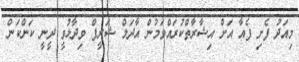
މިއަދު ފެށި ފެއާ އަށް އިޝާރާތްކުރައްވަމުން އާދަމް ޝަރީފް ވިދާޅުވީ ދީނީ ކަންކަން